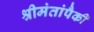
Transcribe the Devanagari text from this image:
श्रीमंतांपैकी